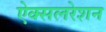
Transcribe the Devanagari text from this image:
ऐक्सलरेशन